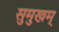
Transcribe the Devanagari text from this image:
सुमुखम्